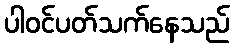
ပါဝင်ပတ်သက်နေသည်